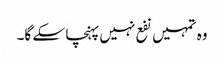
وہ تمہیں نفع نہیں پہنچا سکے گا۔